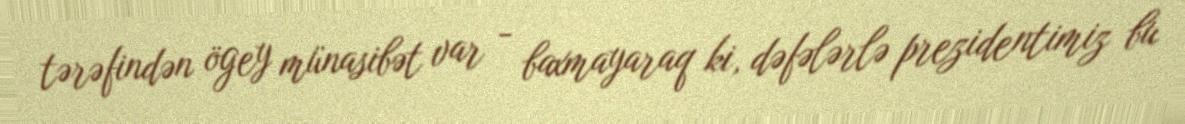
tərəfindən ögey münasibət var - baxmayaraq ki, dəfələrlə prezidentimiz bu